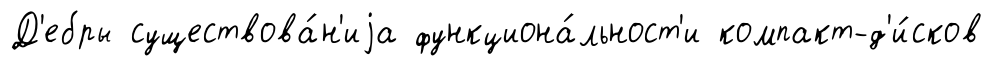
Д'ебры существова́н'иjа функциона́льност'и компакт-д'и́сков